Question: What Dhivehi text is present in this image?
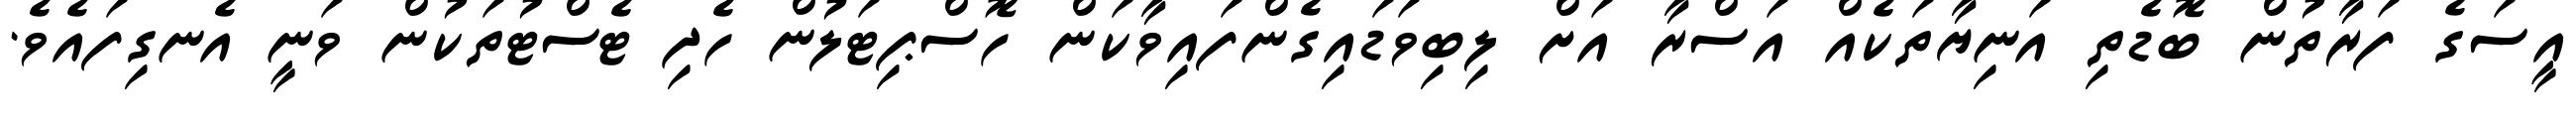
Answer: އީސަގެ ފަރާތުން ބޮޑެތި އަނިޔާތަކެއް އަސްރާ އަށް ލިބިވަޑައިގެންފައިވާކަން ހޮސްޕިޓަލުން ހެދި ޓެސްޓުތަކުން ވަނީ އެނގިފައެވެ.